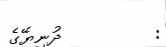
:         ދުނިޔޭގެ